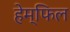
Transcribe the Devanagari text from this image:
हेम्फिल